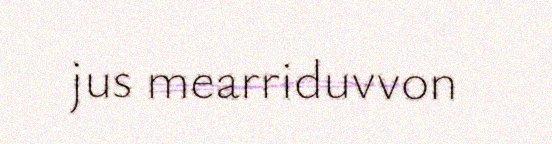
jus mearriduvvon